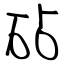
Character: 砧